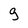
Character: 9